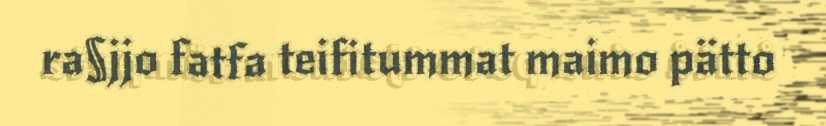
ra§jjo fatfa teifitummat maimo pätto